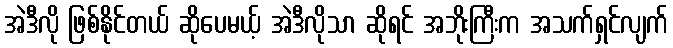
အဲဒီလို ဖြစ်နိုင်တယ် ဆိုပေမယ့် အဲဒီလိုသာ ဆိုရင် အဘိုးကြီးက အသက်ရှင်လျက်